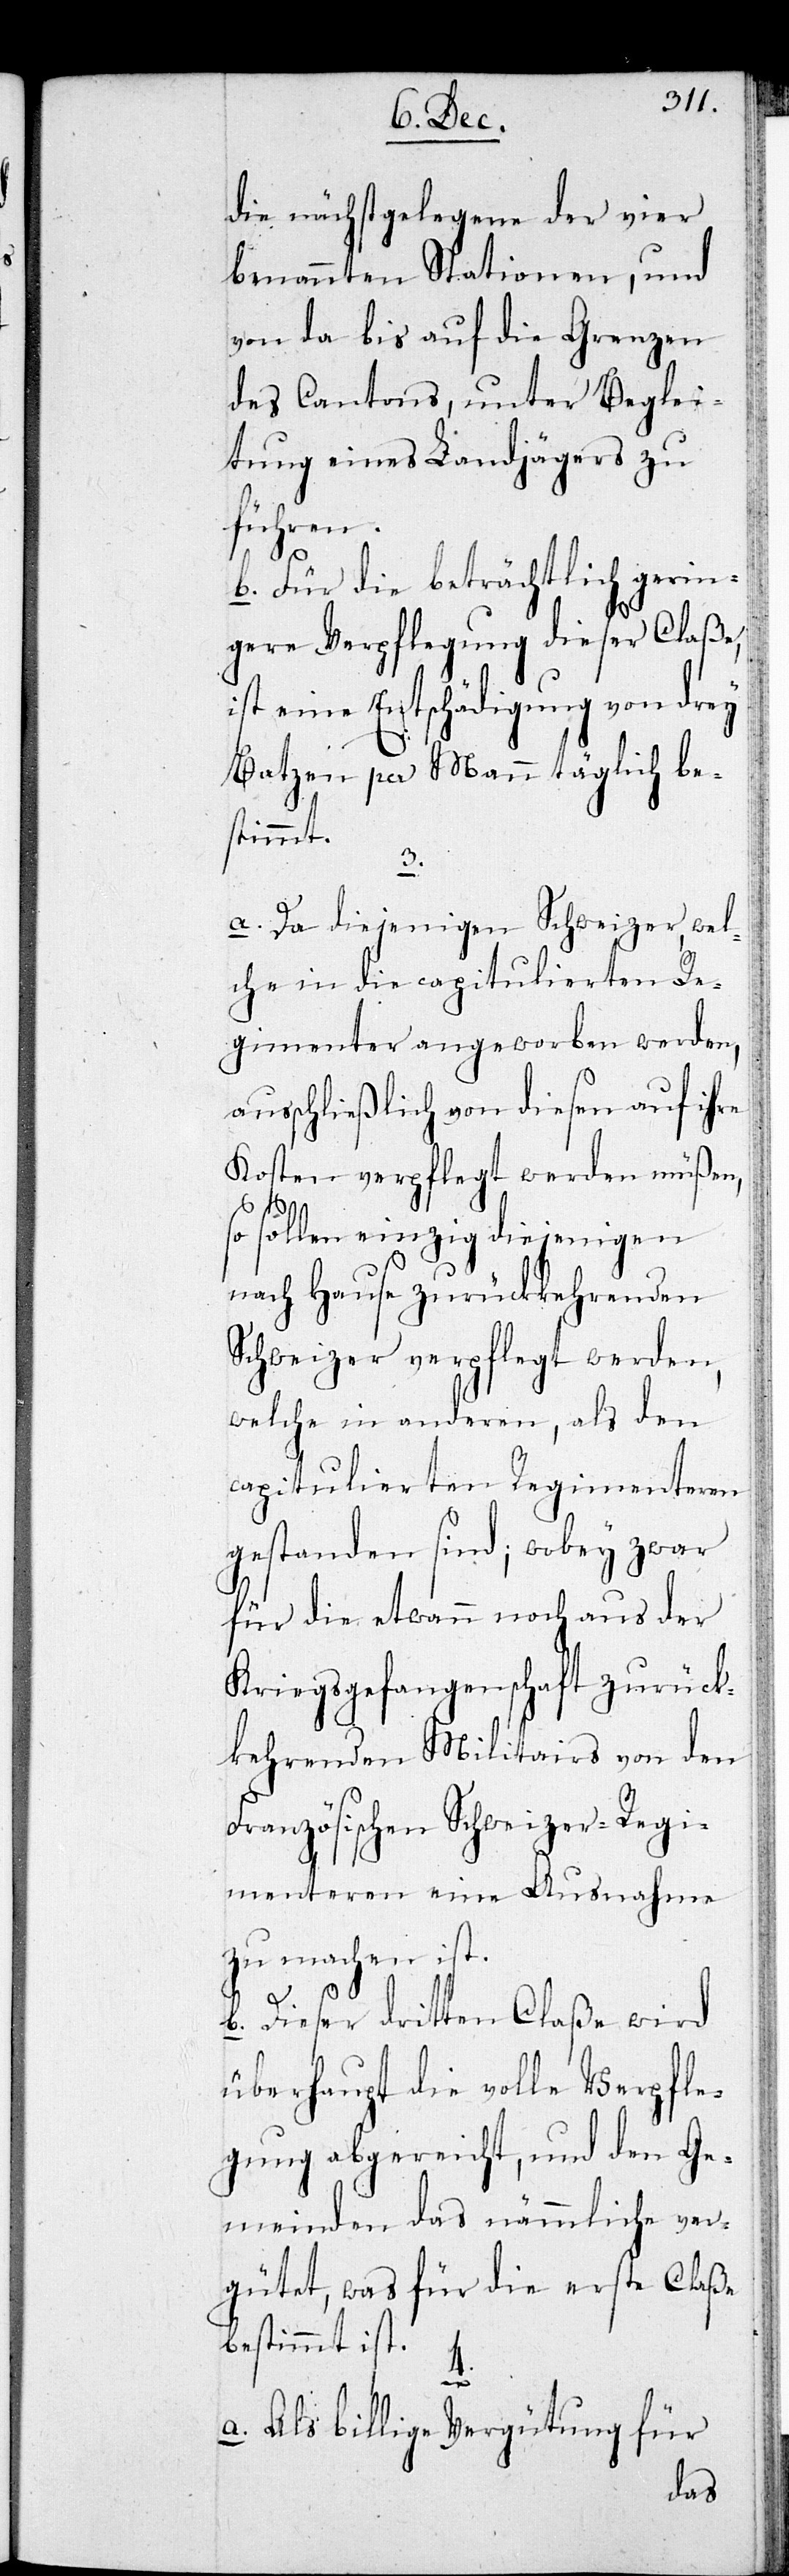
die nächstgelegene der vier
benannten Stationen, und
von da bis auf die Grenzen
des Cantons, unter Beglei¬
tung eines Landjägers zu
führen.
b. Für die beträchtlich gerin¬
gere Verpflegung dieser Claße,
ist eine Entschädigung von drey
Batzen per Mann täglich be¬
stimmt.
3.
a. Da diejenigen Schweizer, wel¬
che in die capitulierten Re¬
gimenter angeworben werden,
ausschließlich von diesen auf ihre
Kosten verpflegt werden müßen,
so sollen einzig diejenigen
nach Hause zurückkehrenden
Schweizer verpflegt werden,
welche in anderen, als den
capitulierten Regimenteren
gestanden sind; wobey zwar
für die etwan noch aus der
Kriegsgefangenschaft zurück¬
kehrenden Militairs von den
Französischen Schweizer-Regi¬
menteren eine Ausnahme
zu machen ist.
b. Dieser dritten Claße wird
überhaupt die volle Verpfle¬
gung abgereicht, und den Ge¬
meinden das Nämliche ver¬
gütet, was für die erste Claße
bestimmt ist.
4.
a. Als billige Vergütung für